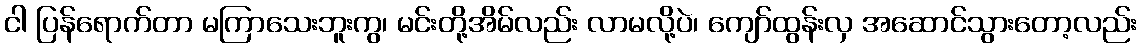
ငါ ပြန်ရောက်တာ မကြာသေးဘူးကွ၊ မင်းတို့အိမ်လည်း လာမလို့ပဲ၊ ကျော်ထွန်းလှ အဆောင်သွားတော့လည်း